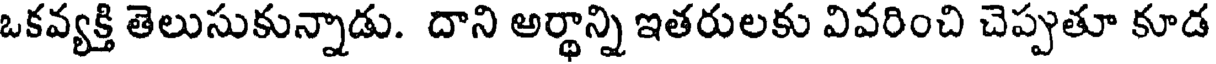
ఒకవ్యక్తి తెలుసుకున్నాడు. దాని అర్థాన్ని ఇతరులకు వివరించి చెప్పతూ కూడ